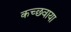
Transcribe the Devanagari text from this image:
कच्छवाया